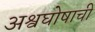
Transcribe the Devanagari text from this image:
अश्वघोषाची